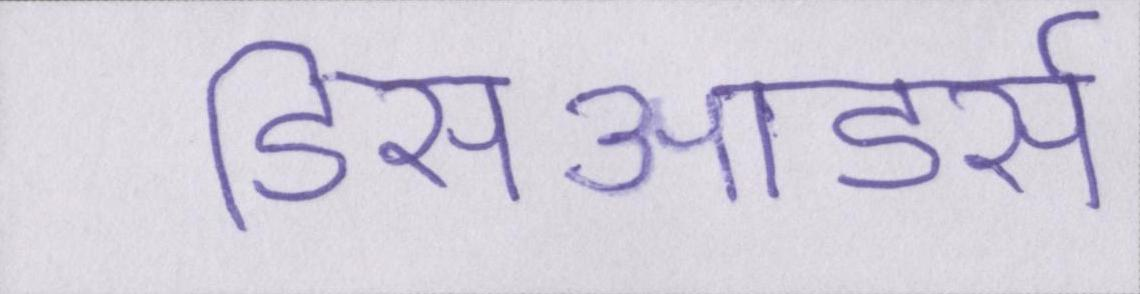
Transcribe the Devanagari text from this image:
डिसऑडर्स